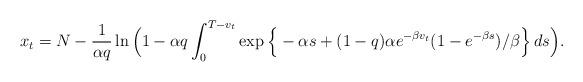
LaTeX: \begin{align*}x_t=N-\frac{1}{\alpha q}\ln \Big(1-\alpha q \int_0^{T-v_t} \exp\Big\{-\alpha s+(1-q)\alpha e^{-\beta v_t}(1-e^{-\beta s})/\beta\Big\}\,ds \Big).\end{align*}